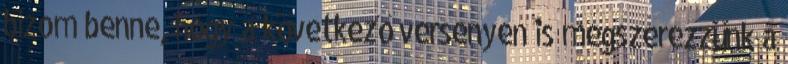
bízom benne, hogy a következő versenyen is megszerezzünk a